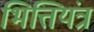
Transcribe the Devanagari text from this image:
भित्तियंत्र